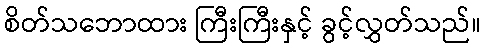
စိတ်သဘောထား ကြီးကြီးနှင့် ခွင့်လွှတ်သည်။